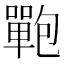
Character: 𰈻